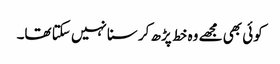
کوئی بھی مجھے وہ خط پڑھ کر سنا نہیں سکتا تھا۔